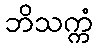
ဘိသက္ကံ